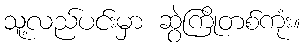
သူ့လည်ပင်းမှာ ဆွဲကြိုတစ်ကုံး။